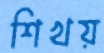
শিখয়